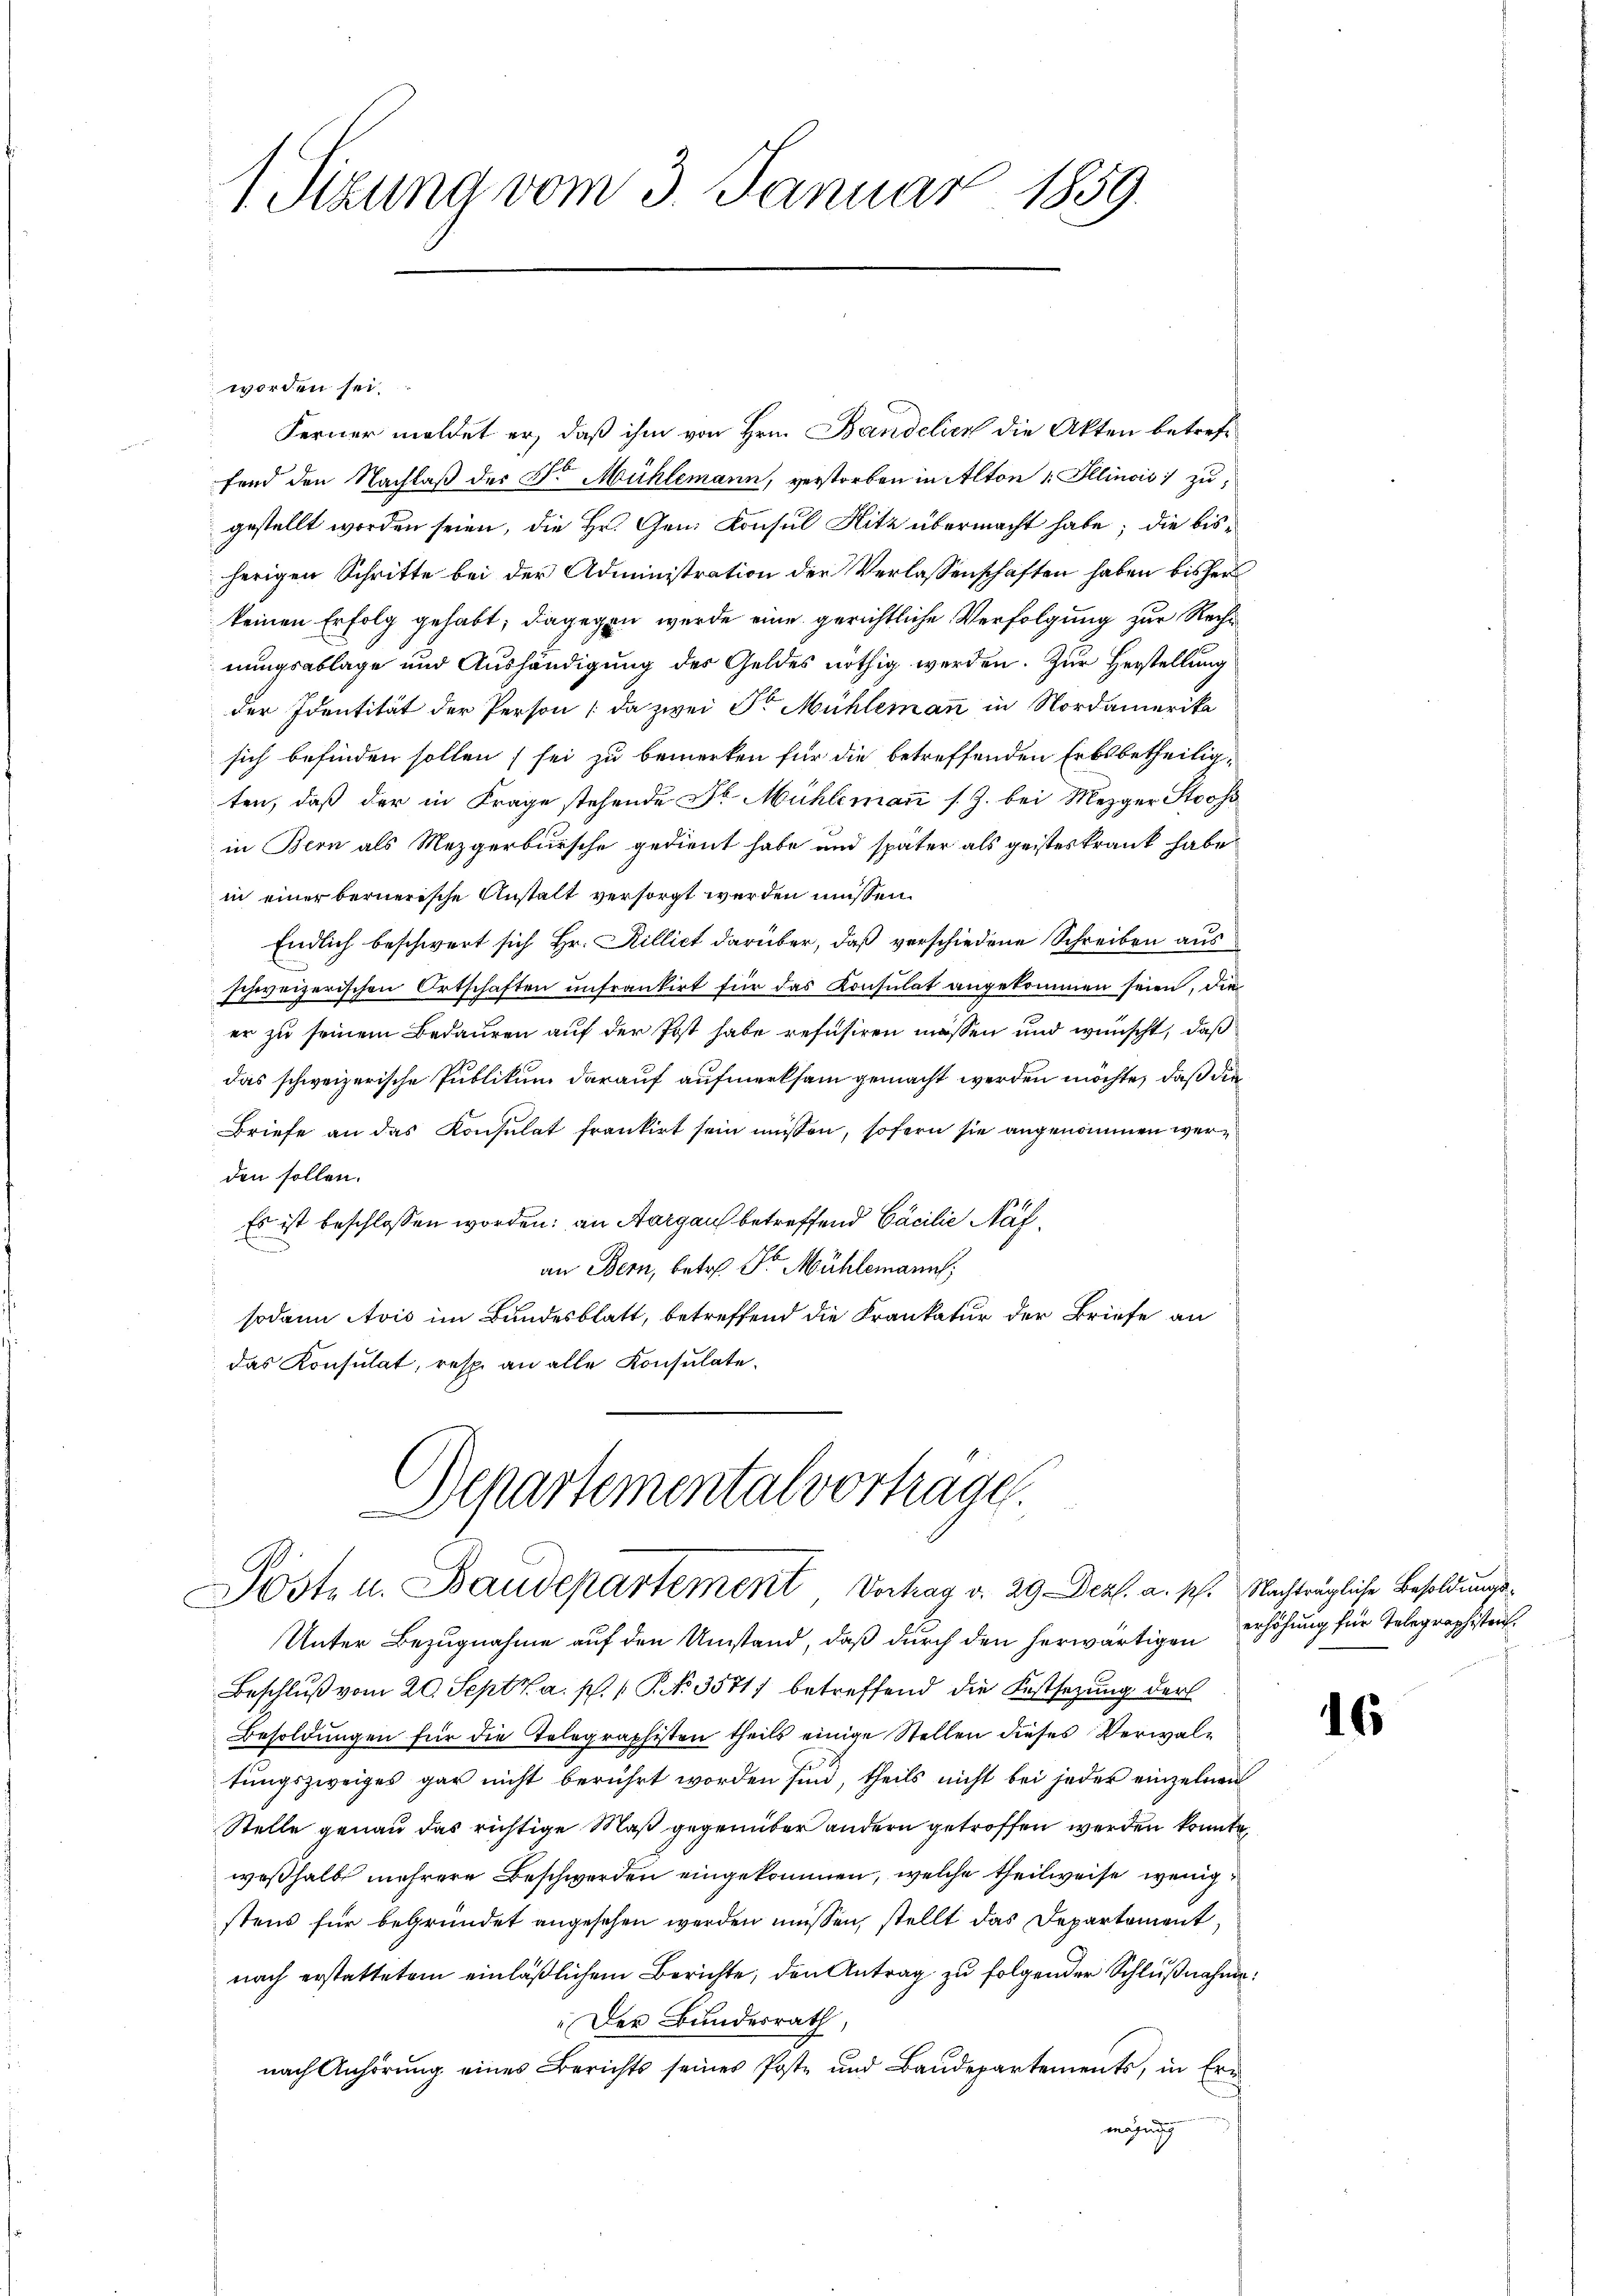
1 Sizung vom 3. Januar 1859.

worden sei.
Ferner meldet er, daß ihm von Hrn. Bandelich die Akten betreffend den Nachlaß der Dr. Mühlemann, verstorben in Alton 1. Illinois zu,
gestellt worden seien, die Hr. Gen. Konsul Hitz übermacht habe; die bisherigen Schritte bei der Administration der Verlassenschaften haben bisher
keinen Erfolg gehabt, dagegen werde eine gerichtliche Verfolgung zur Recht
nungsablage und Aushändigung des Geldes nöthig werden. Zur Herstellung
der Identität der Person (da zwei Sr Mühlemann in Nordamerika
sich befinden sollen, sei zu bemerken für die betreffenden Erbsbetheiligten, daß der in Frage stehende Dr. Mühleman s. Z. bei Mezger Stooss
in Bern als Mezgerbursche gedient habe und später als geisteskrank habe
in einer bernerische Anstalt versorgt werden müssen.
Endlich beschwert sich Hr. Rilliet darüber, daß verschiedene Schreiben aus
schweizerischen Ortschaften unfrankirt für das Konsulat angekommen seien, die
er zu seinem Bedauren auf der Post habe refusiren müssen und wünscht, daß
das schweizerische Publikum darauf aufmerksam gemacht werden möchte, daß die
Briefe an das Konsulat frankirt sein müssen, sofern sie angenommen werden sollen.
Es ist beschlossen worden; an Aargau betreffend Cacilie Nafe
an Bern, betr. Dr. Mühlemann
sodann Avis im Bundesblatt, betreffend die Krankatur der Briefe an
das Konsulat, resp. an alle Konsulate¬
Departemental vortrage.

Posten. Baudepartement Vortrag v. 29. Dez. a. sch. Nachträgliche Besoldungs¬

Unter Bezugnahme auf den Umstand, daß durch den herwärtigen
Beschluß vom 20. Sept. a. p. 1. No. 3571) betreffend die Festsezung der
Besoldungen für die Telegraphisten theils einige Stellen dieses Verwaltungszweiges gar nicht berührt worden sind, theils nicht bei jeder einzelnen
Stelle genau das richtige Maß gegenüber andern getroffen werden konnte,
weßhalb mehrere Beschwerden eingekommen, welche theilweise wenig
stens für begründet angesehen werden müssen, stellt das Departement,
nach erstattetem einläßlichem Berichte, den Antrag zu folgender Schlußnahme
„Der Bundesrath
nach Anhörung eines Berichts seines Poste und Baŭdepartements, in Ern
magung

erhöhung für Telegraphisten.

16